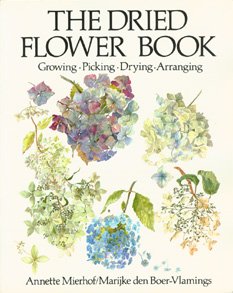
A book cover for The Dried Flower Book; Mierhof; Sports & Outdoors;